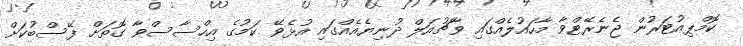
ކޮމްޕިއުޓަރުން ޖެނެރޭޓްވާ މާހައުލެއްގައި ވާޗުއަލް ދުނިޔެއެއްގައި އުޅެވޭ ކަމުގެ އިހްސާސްވާ ގޮތަށް ފޭސްބުކަށް